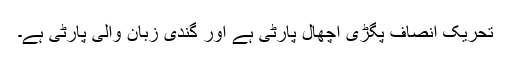
تحریک انصاف پگڑی اچھال پارٹی ہے اور گندی زبان والی پارٹی ہے۔